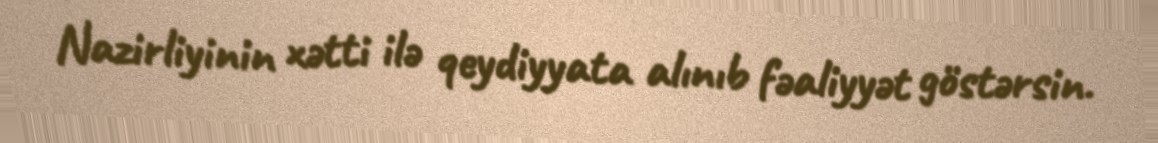
Nazirliyinin xətti ilə qeydiyyata alınıb fəaliyyət göstərsin.